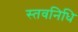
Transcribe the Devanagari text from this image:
स्तवनिधि